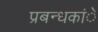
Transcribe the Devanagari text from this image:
प्रबन्धकांे